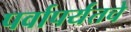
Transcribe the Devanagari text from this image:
पर्वापर्यंतचे